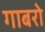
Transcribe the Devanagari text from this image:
गाबरो